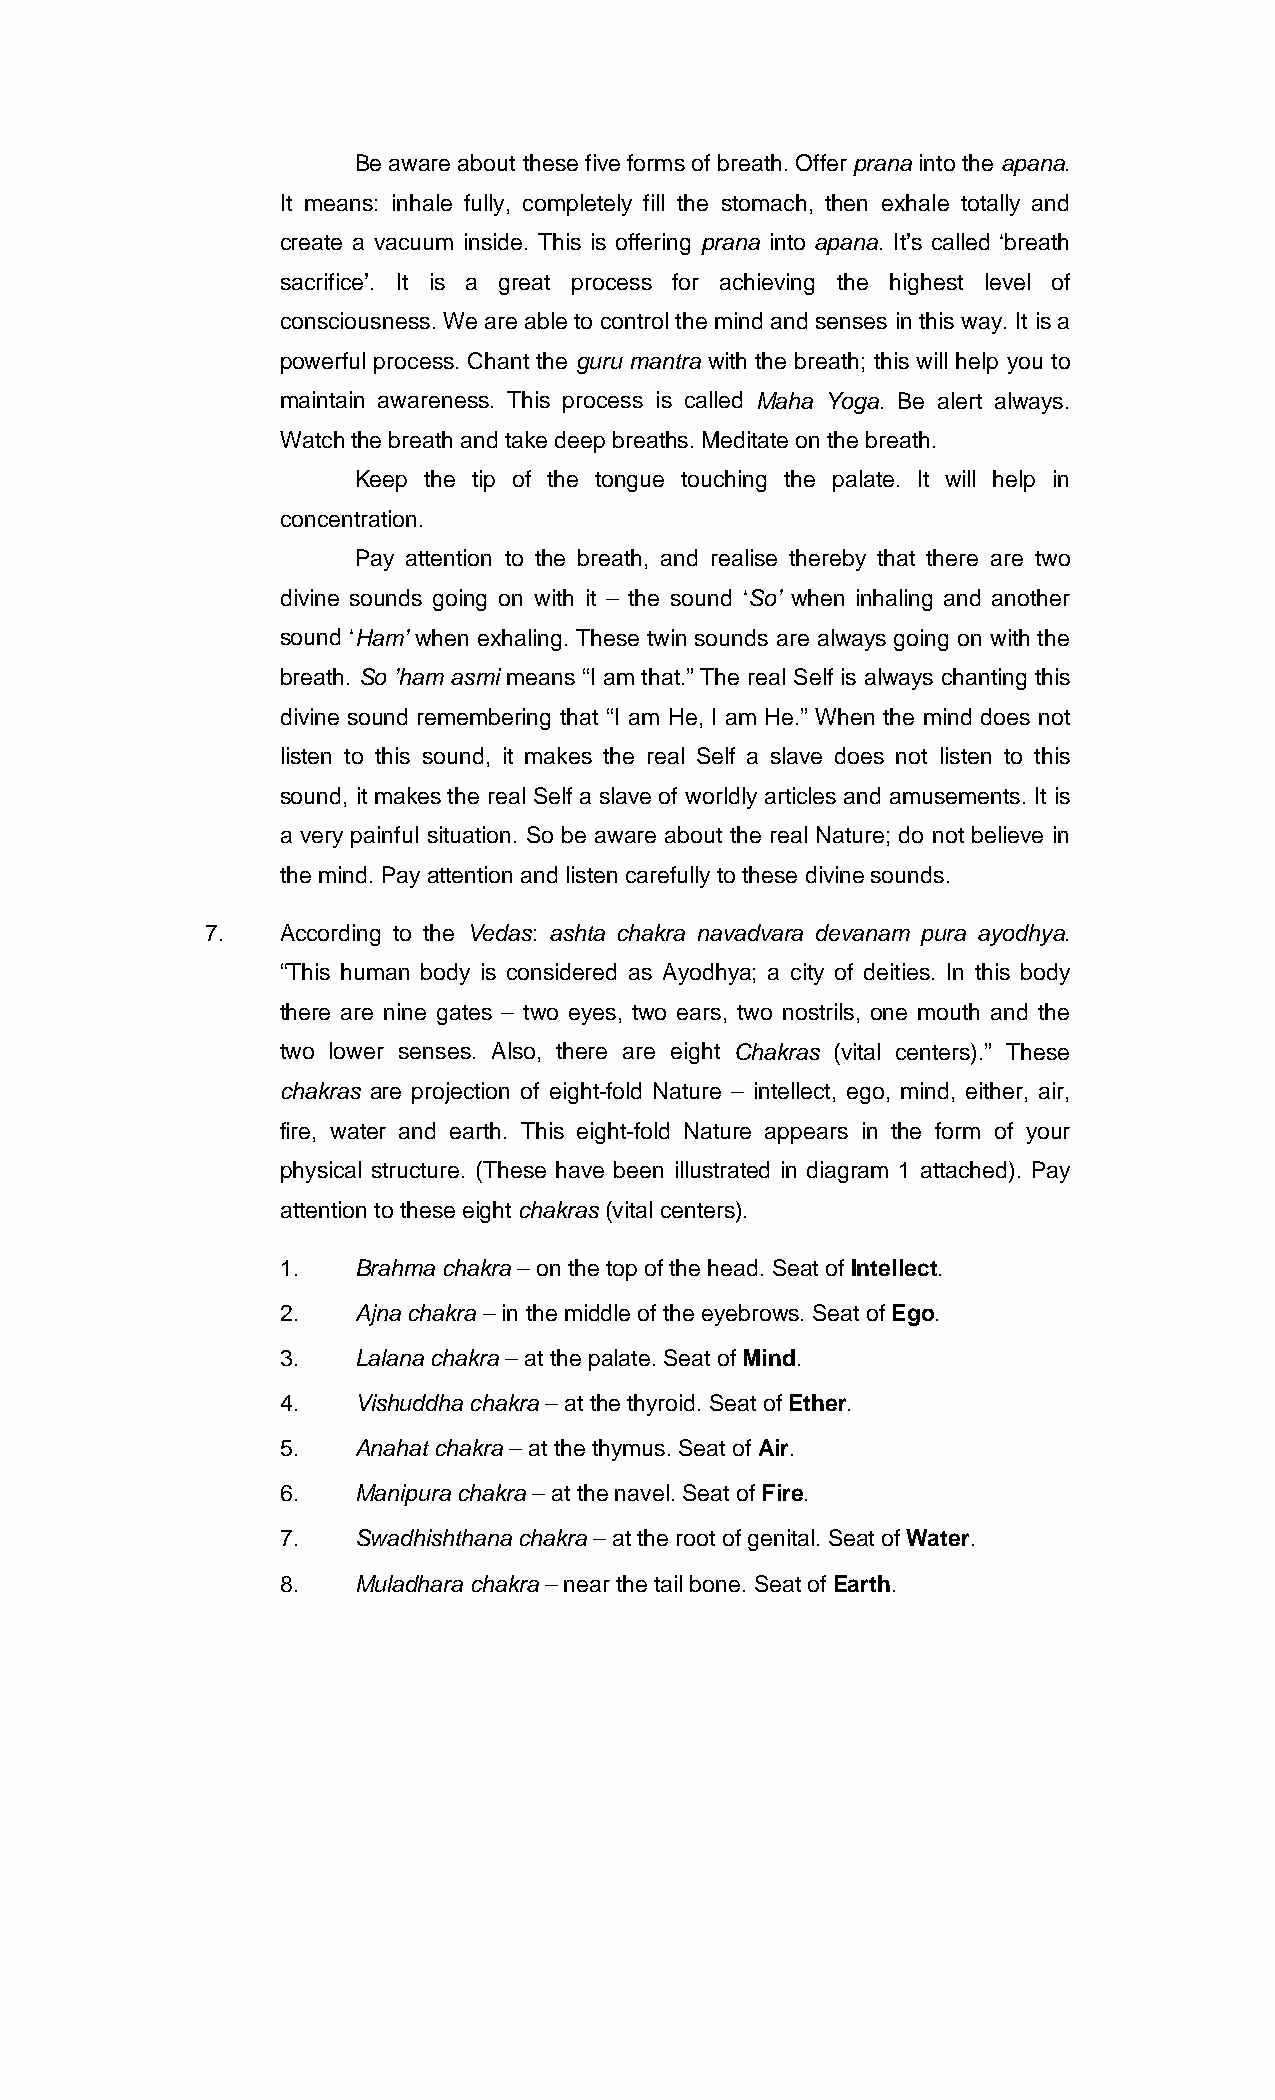
Be aware about these five forms of breath. Offer prana into the apana.
 It means: inhale fully, completely fill the stomach, then exhale totally and
 create a vacuum inside. This is offering prana into apana. It’s called ‘breath
 sacrifice’. It is a great process for achieving the highest level of
 consciousness. We are able to control the mind and senses in this way. It is a
 powerful process. Chant the guru mantra with the breath; this will help you to
 maintain awareness. This process is called Maha Yoga. Be alert always.
 Watch the breath and take deep breaths. Meditate on the breath.
 Keep the tip of the tongue touching the palate. It will help in
 concentration.
 Pay attention to the breath, and realise thereby that there are two
 divine sounds going on with it – the sound ‘So’ when inhaling and another
 sound ‘Ham’ when exhaling. These twin sounds are always going on with the
 breath. So ’ham asmi means “I am that.” The real Self is always chanting this
 divine sound remembering that “I am He, I am He.” When the mind does not
 listen to this sound, it makes the real Self a slave does not listen to this
 sound, it makes the real Self a slave of worldly articles and amusements. It is
 a very painful situation. So be aware about the real Nature; do not believe in
 the mind. Pay attention and listen carefully to these divine sounds.
 7.   According to the Vedas: ashta chakra navadvara devanam pura ayodhya.
 “This human body is considered as Ayodhya; a city of deities. In this body
 there are nine gates – two eyes, two ears, two nostrils, one mouth and the
 two lower senses. Also, there are eight Chakras (vital centers).” These
 chakras are projection of eight-fold Nature – intellect, ego, mind, either, air,
 fire, water and earth. This eight-fold Nature appears in the form of your
 physical structure. (These have been illustrated in diagram 1 attached). Pay
 attention to these eight chakras(vital centers).
 1.  Brahma chakra– on the top of the head. Seat of Intellect.
 2.  Ajna chakra –in the middle of the eyebrows. Seat of Ego.
 3.  Lalanachakra– at the palate. Seat of Mind.
 4.  Vishuddhachakra– at the thyroid. Seat of Ether.
 5.  Anahat chakra–at the thymus. Seat of Air.
 6.  Manipura chakra– at the navel. Seat of Fire.
 7.  Swadhishthanachakra–at the root of genital. Seat of Water.
 8.  Muladhara chakra– near the tail bone. Seat of Earth.